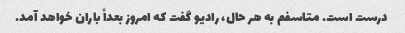
درست است. متاسفم به هر حال، رادیو گفت که امروز بعداً باران خواهد آمد.